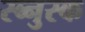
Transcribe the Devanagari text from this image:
स्ब्नुस्क